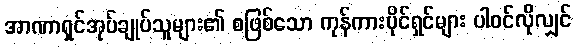
အာဏာရှင်အုပ်ချုပ်သူများ၏ စဖြစ်သော ကုန်ကားပိုင်ရှင်များ ပါဝင်လိုလျှင်